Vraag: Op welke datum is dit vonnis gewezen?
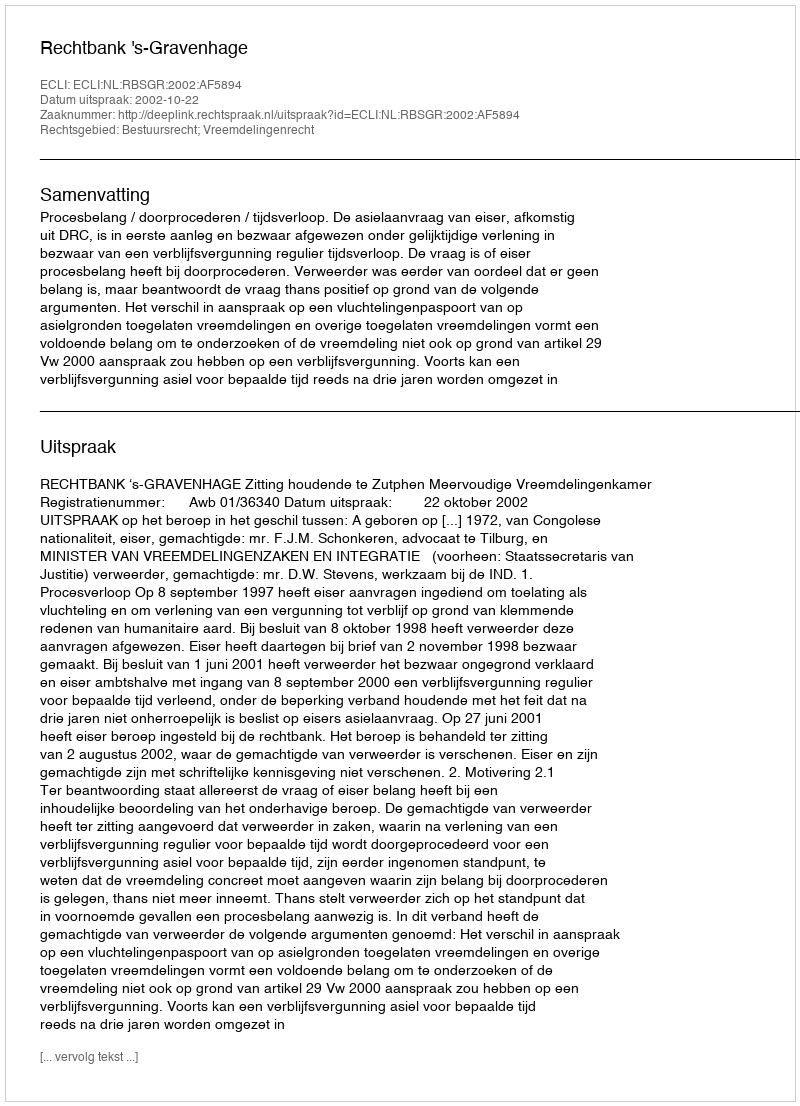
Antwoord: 2002-10-22